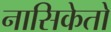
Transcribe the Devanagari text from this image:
नासिकेतो